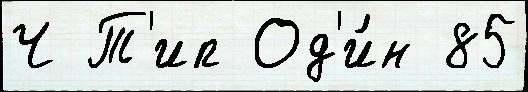
Ч Т'ип Од'и́н 85